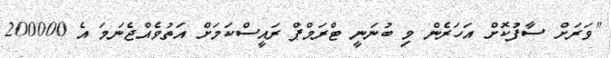
"ވަރަށް ސާފުކޮށް އަހަރެން މި ބުނަނީ ޓްރަމްޕް ރައީސްކަމަށް އަތުވެއްޖެނަމަ އެ 200000